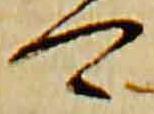
可